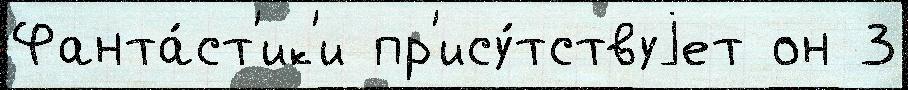
Фанта́ст'ик'и пр'ису́тствуjет он 3